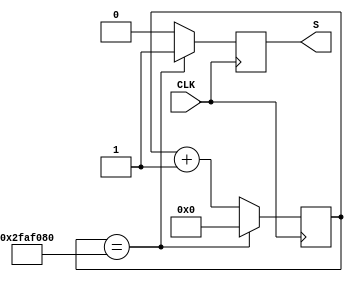
module divisor(CLK, S);

input CLK;
output reg S;
reg [25:0] OUT;

always @ (posedge CLK)
    if (OUT == 26'd50000000)
    begin
        OUT<= 26'd0;
        S <= 1;
    end
    else
    begin
        OUT<= OUT+1;
        S <= 0;
    end
endmodule